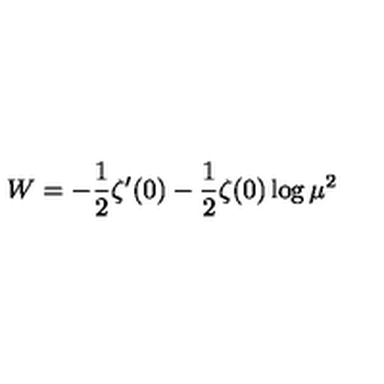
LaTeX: W = - \frac { 1 } { 2 } \zeta ^ { \prime } ( 0 ) - \frac { 1 } { 2 } \zeta ( 0 ) \log \mu ^ { 2 }